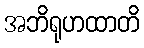
အဘိရုဟထာတိ